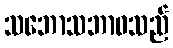
သဘောသဘာဝသည်